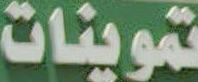
تموينات